Medical and sanitary report of the native army of Madras for the year
Year: 1876
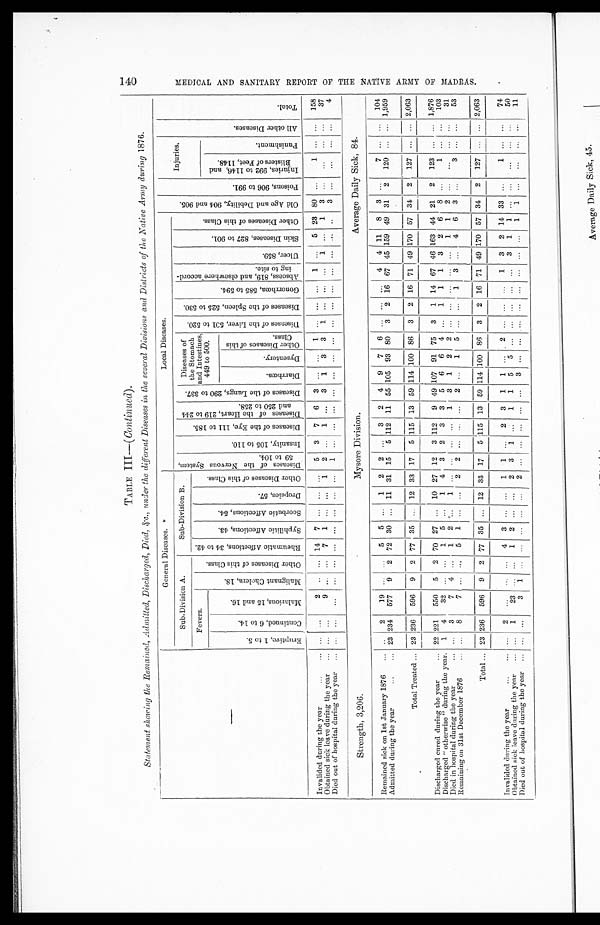
TABLE III—( Continued).
Statement showing the Remained, Admitted, Discharged, Died,&c., under the diiferent Diseases in the several Divisions and Districts of the Native Army during 1876.
—
General Diseases.
Local Diseases.
O l d A g e a n d D e b i l i t y . , 9 0 4 a n d 9 0 5 .
P o i s o n s , 9 0 6 t o 9 9 1 .
Injuries.
A l l o t h e r D i s e a s e s .
T o t a l .
Sub-Division A.
Sub-Division B.
D i s e a s e s o f t h e N e r v o u s S y s t e m , 5 9 t o 1 0 4 .
I n s a n i t y , 1 0 5 t o 1 1 0 .
D i s e a s e s o f t h e E y e , 1 1 1 t o 1 8 5 .
D i s a s e s o f t h e H e a r t , 2 1 9 t o 2 4 4 a n d 2 5 0 t o 2 5 8 . D i s e a s e s o f t h e L u n g s . 2 9 0 t o 3 3 7 . Diseases of
the Stomach
and Intestines,
449 to 500.
D i s e a s e s o f t h e L i v e r , 5 0 1 t o 5 2 0 .
D i s e a s e s o f t h e S p l e e n , 5 2 5 t o 5 3 0 .
G o n o r r h œ a , 5 8 5 t o 5 9 4 .
A b s c e s s , 8 1 9 , a n d c l s e w h e r e a c c o r d - i n g t o s i t e .
U l c e r , 8 5 9 .
S k i n D i s e a s e s , 8 2 7 t o 9 0 1 .
O t h e r D i s e a s e s o f t h i s C l a s s .
Fevers.
M a l i g n a n t C h o l e r a , 1 8 .
O t h e r D i s e a s e s o f t h i s C l a s s .
R h e u m a t i c A f f e c t i o n s , 3 4 t o 4 2 .
S y p h i l i t i c A f f e c t i o n s , 4 3 . S c o r b u t i c A f f e c t i o n s , 5 4 .
D r o p s i e s , 5 7 .
O t h e r D i s e a s e s o f t h e i s C l a s s .
E r u p t i v e , 1 t o 5 .
C o n t i n u e d , 6 t o 1 4 .
M a l a r i o u s , 1 5 a n d 1 6 .
I n j u r i e s , 9 9 2 t o 1 1 4 6 , a n d B l i s t e r s o f F e e t , 1 1 4 8 .
P u n i s h m e n t .
Di a r r h œa .
Dy s e n t e r y .
O t h e r D i s e a s e s o f t h i s C l a s s .
Invalided during the year
. . .
. . .
2
. .
. . . 14 7
. . .
. . .
5 3 7 6 3 . . .
. . . 1
. . .
. . .
. . . 1
. . . 5 23 80
. . .
1
. . .
. . . 158
Obtained sick. leave during the year
. . . . . .
9 . . .
. . .
7 1
. . .
. . .
1 2 . . .
1
. . . 3 1
3
3 1
. . .
. . .
. . . 1
. . .
1
3
. . .
. . . . . .
. . .
3 7
Died out of hospital during the year
. . .
. . .
. . .
. . .
. . .
. . .
. . .
. . .
. . .
. . .
1
. . .
. . .
. . .
. . . . . .
. . .
. . .
. . . . . .
. . .
. . . . . .
. . .
. . .
3
. . .
. . . . . .
. . .
4
Strength, 3,206.
Mysore Division.
Average Daily Sick, 84.
Remained sick on 1st January 1876
. .
2
19
. . . . . .
5 5
. . . 1 2 2 . . .
3 2 4 9 7 6 . . .
. . .
. . .
4 4 11 8 3 . . .
7
. . .
. . . 104
Admitted during the year
23 234 577 9 2 72 30
. . . 11 31 15 5 112 11 55 105 93 80 3 2 16 67 45 159 49 31 2 120
. . .
. . . 1,959
Total Treated
23 236 596 9 2 77 35
. . . 12 33 17 5 115 13 59 114 100 86 3 2 16 71 49 170 57 34 2 127 . . .
. . . 2,063
Discharged cured during the year
22
2 2 1
550 5 2 70 27 . . . 10 27 12 3 112 9 49 107 91 75 3 1 14 67 46 163 44 21 2 123 . . .
. . . 1,876
Discharged " otherwise " during the year. 1 4
32 . . .
. . .
1 5 . . .
1 4 3 2 3 3 5 6 6 4 . . .
1 1 1 3 2 6 8 . . .
1 . . .
. . . 103
Died in hospital during the year
. . . 3
7 4
. . . 1 2
. . . 1
. . .
. . .
. . .
. . .
1
3
1
2
2 . . .
. . .
. . .
. . . . . .
1
1
2
. . .
. . . . . .
. . .
3 1
Remaining on 31st December 1876
. . .
8
7
. . .
. . .
5
1
. . .
. . .
2
2
. . .
. . . . . . 2 . . .
1 5 . . .
. . .
1 3
. . .
4 6 3
. . .
3 . . .
. . .
53
Total
23
2 3 6 596 9 2 77 35 . . . 12 33 17
5
1 1 5 13 59 114
1 0 0 86 3 2 16 71 49 170 57 34 2 127 . . .
. . . 2,063
Invalided during the year
. . .
2
. . .
. . .
. . . 4 3
. . .
. . .
1 1
. . .
2 3 1 1
. . .
2 . . .
. . .
. . .
1 3 2 14 33
. . .
1 . . .
. . .
74
Obtained sick leave during the year
. . . 1 23
. . . . . .
1 2
. . .
. . . 2 3 1
. . .
1 1 5 5
. . .
. . .
. . . . . .
. . . 3 1 1
. . .
. . .
. . . . . .
. . . 50
Died out of hospital during the year
. . .
. . .
3 1
. . .
. . .
. . .
. . .
. . .
2
. . .
. . .
. . .
. . . . . .
3
. . .
. . .
. . .
. . . . . .
. . .
. . .
. . .
1 1
. . .
. . .
. . .
. . .
11